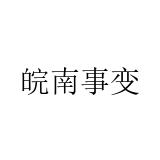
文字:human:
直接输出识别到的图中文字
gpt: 皖南事变